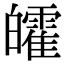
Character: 皬